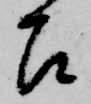
召